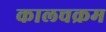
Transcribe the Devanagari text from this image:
कालचक्रम